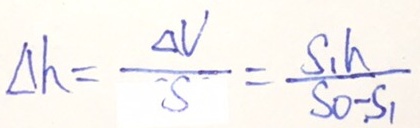
\Delta h = \frac { \Delta v } { S } = \frac { S _ { 1 } h } { S _ { 0 } - S _ { 1 } }